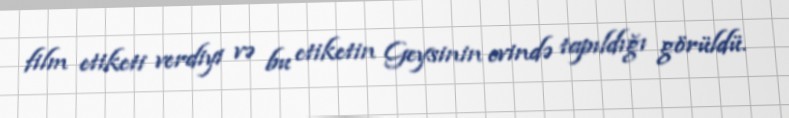
film etiketi verdiyi və bu etiketin Geysinin evində tapıldığı görüldü.